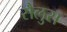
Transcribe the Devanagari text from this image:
सैलुस